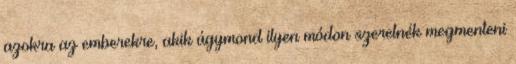
azokra az emberekre, akik úgymond ilyen módon szeretnék megmenteni